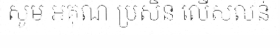
សូម អគុណ ប្រសិន លើសលន់